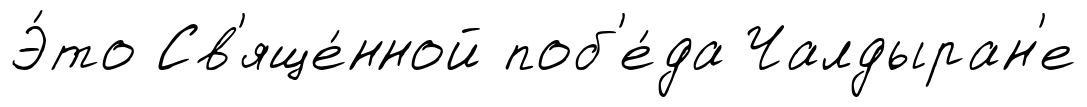
Э́то Св'яще́нной поб'е́да Чалдыран'е